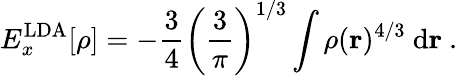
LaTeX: E_{x}^{\mathrm{LDA}}[\rho]=-{\frac{3}{4}}\left({\frac{3}{\pi}}\right)^{1/3}\int\rho(\mathbf{r})^{4/3}\ \mathrm{d}\mathbf{r}\ .